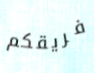
فريقكم